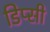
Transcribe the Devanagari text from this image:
डिप्सी